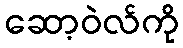
ဆော့ဝဲလ်ကို